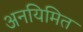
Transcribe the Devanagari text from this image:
अनयिमित